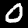
Label: 0